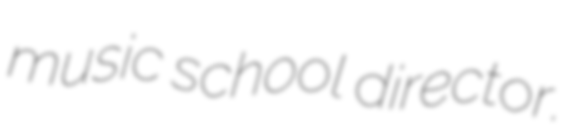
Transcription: music school director.